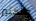
والكثير